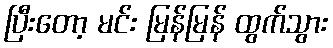
ပြီးတော့ မင်း မြန်မြန် ထွက်သွား